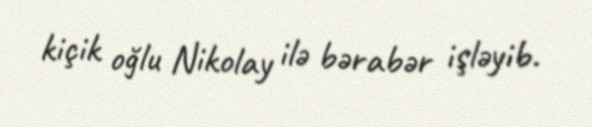
kiçik oğlu Nikolay ilə bərabər işləyib.